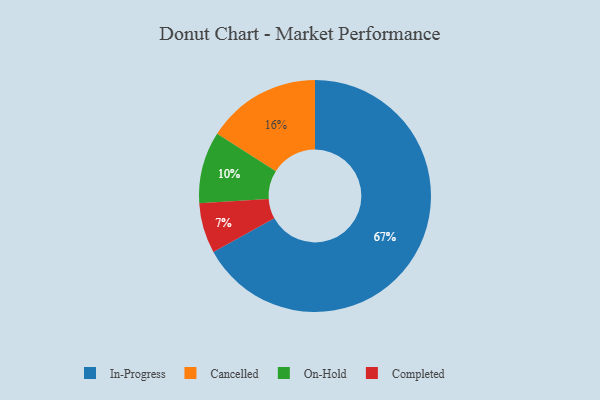
{"axis": {"x": "Category", "y": "Percentage"}, "legend": ["Cancelled", "Completed", "In-Progress", "On-Hold"], "data": [{"x": "Cancelled", "y": 16, "type": "Cancelled"}, {"x": "In-Progress", "y": 67, "type": "In-Progress"}, {"x": "On-Hold", "y": 10, "type": "On-Hold"}, {"x": "Completed", "y": 7, "type": "Completed"}]}